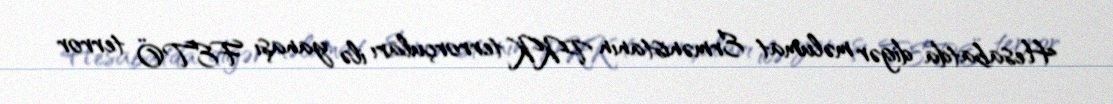
Hesabatda digər məlumat Ermənistanın PKK terrorçuları ilə yanaşı FETÖ terror